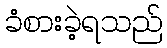
ခံစားခဲ့ရသည်